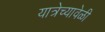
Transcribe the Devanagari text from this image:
यात्रेच्यावेळी